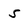
Character: 5